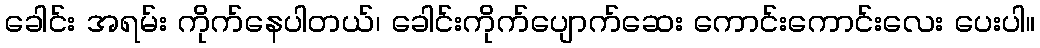
ခေါင်း အရမ်း ကိုက်နေပါတယ်၊ ခေါင်းကိုက်ပျောက်ဆေး ကောင်းကောင်းလေး ပေးပါ။